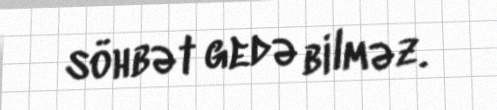
söhbət gedə bilməz.